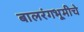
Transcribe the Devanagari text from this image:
बालरंगभूमीचे